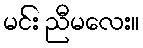
မင်း ညီမလေး။